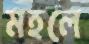
মহলে